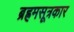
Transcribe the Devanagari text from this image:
ब्रह्रमसूत्रकार